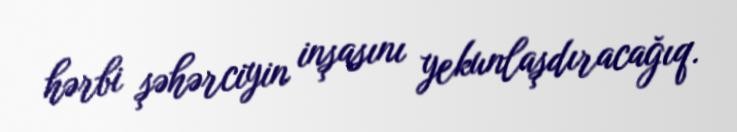
hərbi şəhərciyin inşasını yekunlaşdıracağıq.